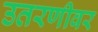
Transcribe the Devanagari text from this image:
उतरणीवर